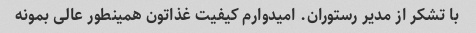
با تشکر از مدیر رستوران. امیدوارم کیفیت غذاتون همینطور عالی بمونه